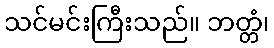
သင်မင်းကြီးသည်။ ဘတ္တံ၊